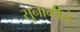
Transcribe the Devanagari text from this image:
सुनामीने